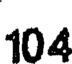
104